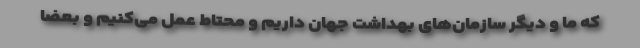
که ما و دیگر سازمان‌های بهداشت جهان داریم و محتاط عمل می‌کنیم و بعضا